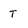
Character: T